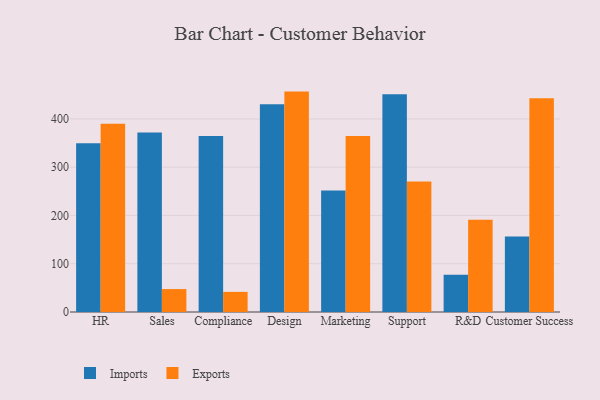
{"axis": {"x": "Department", "y": "Energy Usage (MWh)"}, "legend": ["Exports", "Imports"], "data": [{"x": "HR", "y": 349.7, "type": "Imports"}, {"x": "HR", "y": 390.1, "type": "Exports"}, {"x": "Sales", "y": 371.7, "type": "Imports"}, {"x": "Sales", "y": 47.5, "type": "Exports"}, {"x": "Compliance", "y": 364.8, "type": "Imports"}, {"x": "Compliance", "y": 41.7, "type": "Exports"}, {"x": "Design", "y": 430.4, "type": "Imports"}, {"x": "Design", "y": 456.7, "type": "Exports"}, {"x": "Marketing", "y": 251.9, "type": "Imports"}, {"x": "Marketing", "y": 364.7, "type": "Exports"}, {"x": "Support", "y": 451.3, "type": "Imports"}, {"x": "Support", "y": 270.2, "type": "Exports"}, {"x": "R&D", "y": 77.4, "type": "Imports"}, {"x": "R&D", "y": 191.4, "type": "Exports"}, {"x": "Customer Success", "y": 156.2, "type": "Imports"}, {"x": "Customer Success", "y": 443.0, "type": "Exports"}]}